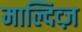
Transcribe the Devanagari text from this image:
माल्दिव्ज़